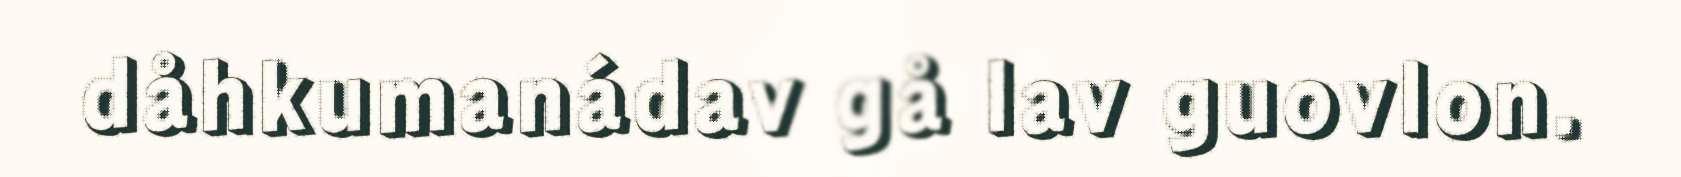
dåhkumanádav gå lav guovlon.